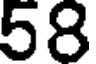
58